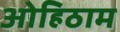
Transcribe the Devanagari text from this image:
ओहिठाम